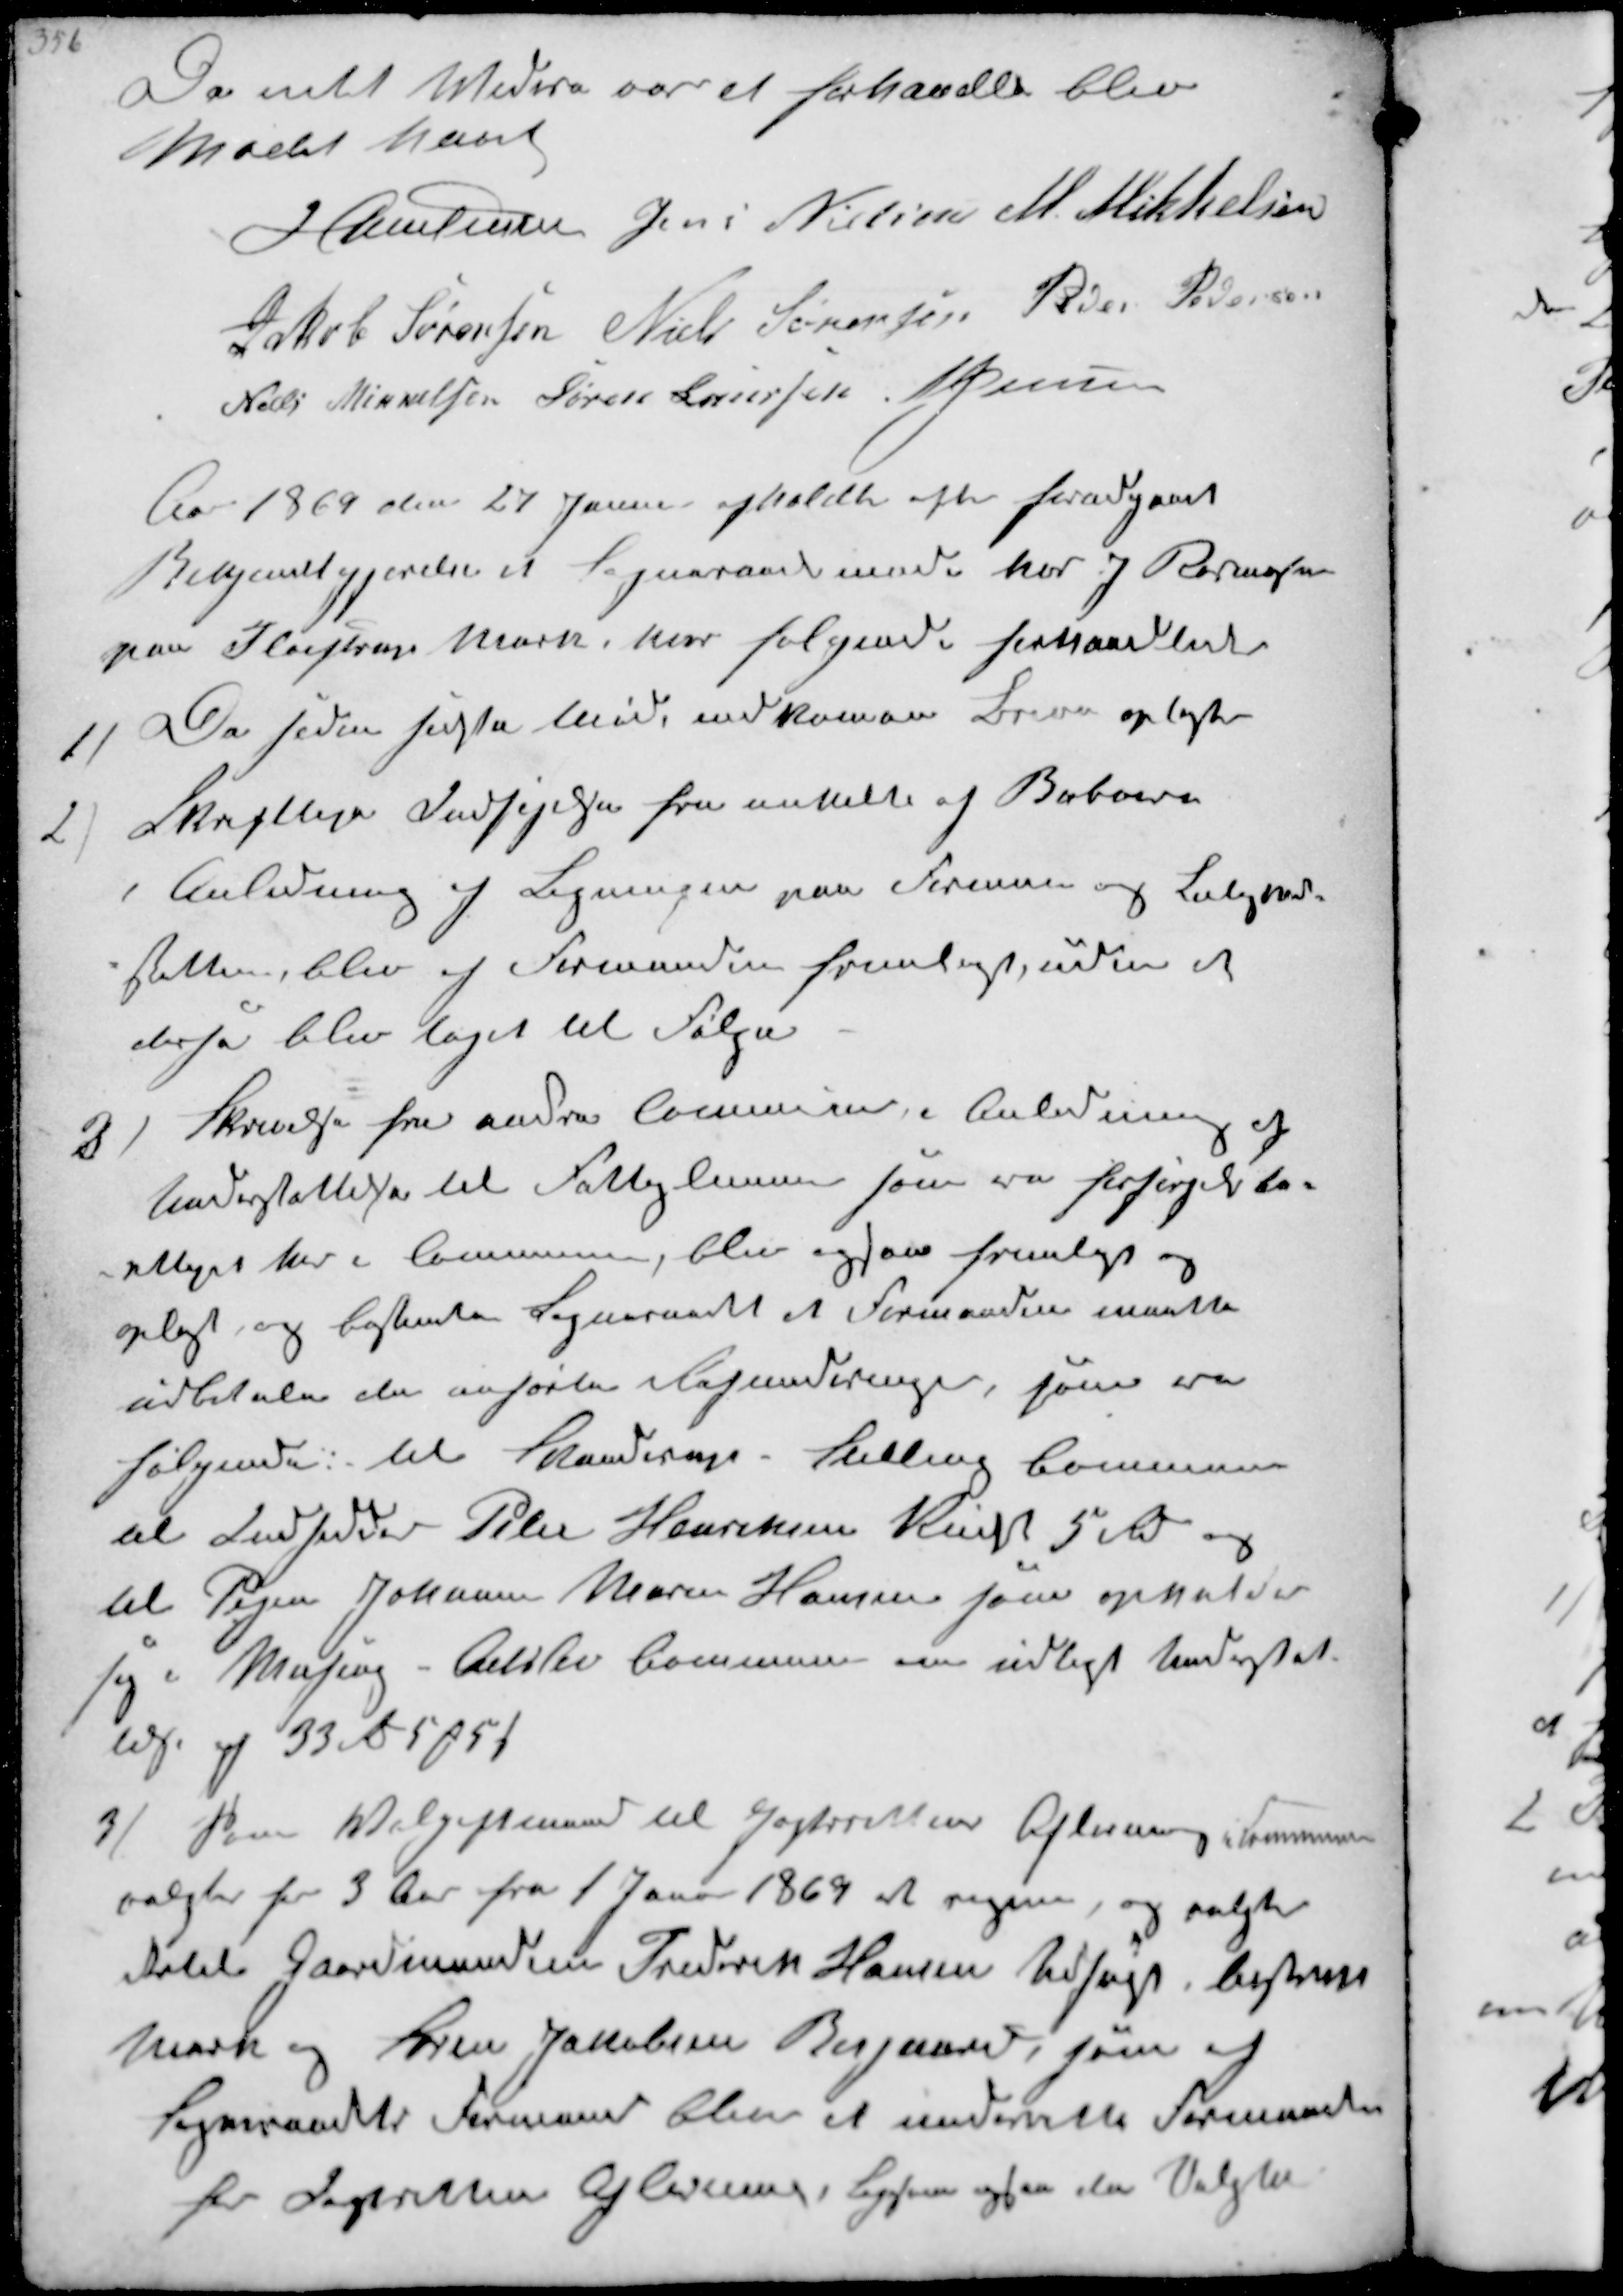
Transskription:
Da intet Videre var at forhandle blev
Mødet hævet
J Christensen Jens Nielsen M. Mikkelsen
Jakob Sørensen Niels Sørensen Peder Pedersen
Niels Mikkelsen Søren Laursen J Jensen
Aar 1969 den 27 Januar afholdtes efter forudgaaet
Bekjemtgjørelse et Sogneraadsmøde hos J Rasmussen
paa Fløjstrup Mark, hvor følgende forhandledes

1/
De siden sidste Møde indkomne Breve oplæstes
2/
Skriftlige Indsigelser fra enkelte af Beboere
i Anledning af Ligningen paa Formuen og Lejligheds-
skatten blev af Formanden fremlagt udken at
derfor blev taget til Følge
3/
Skrivelse fra andre Communer i Anledning af
Understøttelse til Fattiglemmer som ere forsørgelsbe-
rettiget her i Communen, blev ogsaa fremlagt og
oplyst og bestemte Sogneraadet at Formaaden maatte
udbetale de anførte Refunderinger, som var
følgende til Skanderup- Stilling Commune
til Indsidder Peter Henriksen Kurt 5 Kr og
til Pigen Johanne Maren Hansen som opholder

sig i Mesing - Alslev Commune om udlagt Understøt-
telse af 33 Rd 5 ₻ 5 s
3/
Som Volgiftmand til Jagtrettens Afløsning i Kommunen
valgtes for 3 Aar fra 1 Janur 1869 at regne, og valgte
istedet Gaardmanden Frederik Hansen Udsigt 
Mark og Søren Jakobsen Bisgaard, som af
Sogneraadets Formand blev at underrette Formanden
for Jagtretten Afløsning. Ligesom ogaa der Valgtes